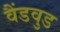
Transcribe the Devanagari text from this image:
वैंडवुड